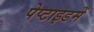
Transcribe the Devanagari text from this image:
पेप्टाइडमें